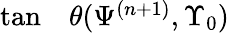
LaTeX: \begin{array}{rl}{\tan}&{{}\theta(\Psi^{(n+1)},\Upsilon_{0})}\end{array}